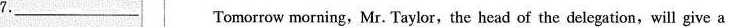
7.___Tomorrow morning,Mr. Taylor,the head of the delegation,will give a